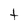
Character: t